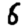
Digit: 6